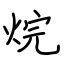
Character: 烷